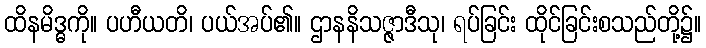
ထိနမိဒ္ဓကို။ ပဟီယတိ၊ ပယ်အပ်၏။ ဌာနနိသဇ္ဇာဒီသု၊ ရပ်ခြင်း ထိုင်ခြင်းစသည်တို့၌။